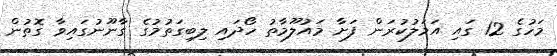
މަހުގެ 12 ގައި އަމަލުކުރަން ފަށާ މައުލޫމާތު ހޯދައި ލިބިގަތުމުގެ ގާނޫނުގައިވާ ގޮތުން